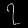
Digit: ၇